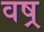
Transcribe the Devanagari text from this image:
वष्र